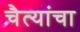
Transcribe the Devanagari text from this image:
चैत्यांचा